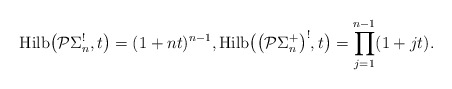
\begin{gather*} {\rm Hilb}\big({\cal P}\Sigma_n ^{!},t\big)=(1+n t)^{n-1}, {\rm Hilb}\big(\big({\cal P}\Sigma_n^{+}\big)^{!},t\big)= \prod_{j=1}^{n-1} (1+j t). \end{gather*}